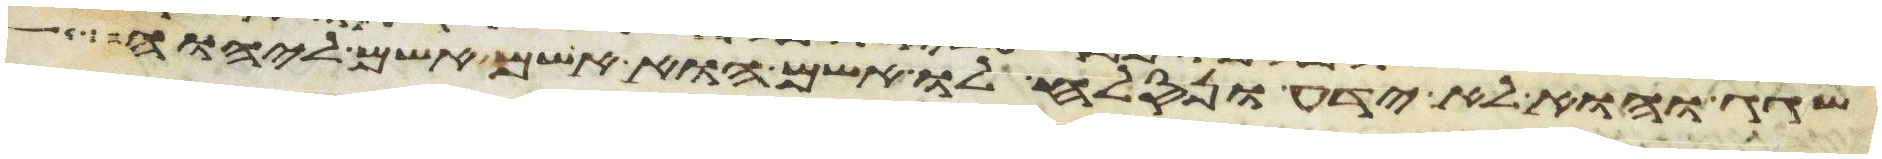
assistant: שגג והוא לא ידע ונסלח לו אשם הוא אשם אשם ליהוה